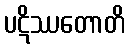
ပဋိဿတောတိ